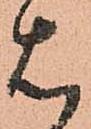
は